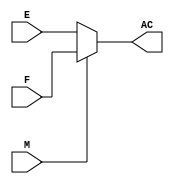
// WARNING: Do NOT edit the input and output ports in this file in a text
// editor if you plan to continue editing the block that represents it in
// the Block Editor! File corruption is VERY likely to occur.

// Copyright (C) 2020  Intel Corporation. All rights reserved.
// Your use of Intel Corporation's design tools, logic functions
// and other software and tools, and any partner logic
// functions, and any output files from any of the foregoing
// (including device programming or simulation files), and any
// associated documentation or information are expressly subject
// to the terms and conditions of the Intel Program License
// Subscription Agreement, the Intel Quartus Prime License Agreement,
// the Intel FPGA IP License Agreement, or other applicable license
// agreement, including, without limitation, that your use is for
// the sole purpose of programming logic devices manufactured by
// Intel and sold by Intel or its authorized distributors.  Please
// refer to the applicable agreement for further details, at
// https://fpgasoftware.intel.com/eula.


// Generated by Quartus Prime Version 20.1 (Build Build 711 06/05/2020)
// Created on Tue Sep 22 13:21:47 2020

//  Module Declaration
module Multiplexer
(
// {{ALTERA_ARGS_BEGIN}} DO NOT REMOVE THIS LINE!
E, F, M, AC
// {{ALTERA_ARGS_END}} DO NOT REMOVE THIS LINE!
);
// Port Declaration

// {{ALTERA_IO_BEGIN}} DO NOT REMOVE THIS LINE!
input E;
input F;
input M;
output AC;
// {{ALTERA_IO_END}} DO NOT REMOVE THIS LINE!

	reg AC;

	always @(E or M or F)
	
	if(M == 0)
		AC = E;
		
	else
		AC = F;

endmodule